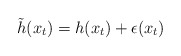
\begin{align*}\tilde{h}(x_{t})=h(x_t)+\epsilon(x_t)\end{align*}